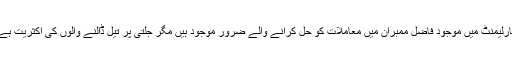
پارلیمنٹ میں موجود فاضل ممبران میں معاملات کو حل کرانے والے ضرور موجود ہیں مگر جلتی پر تیل ڈالنے والوں کی اکثریت ہے۔